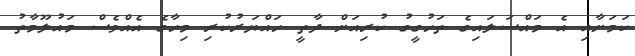
ކަމަށާއި އެ މައްސަލައިގެ ތަހުގީގު ކުރިއަށް ދާތީ ހައްޔަރުކުރި މިހާގެ އެއްވެސް މައުލޫމާތު